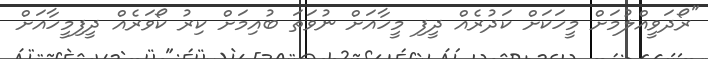
"ރޯދަވީއްލުމަށް މީހަކަށް ކަދުރެއް ދީފި މީހާއަށް ނުވަތަ ބުއިމަށް ކިރު ކޯވަރެއް ދީފިމީހާއަށް